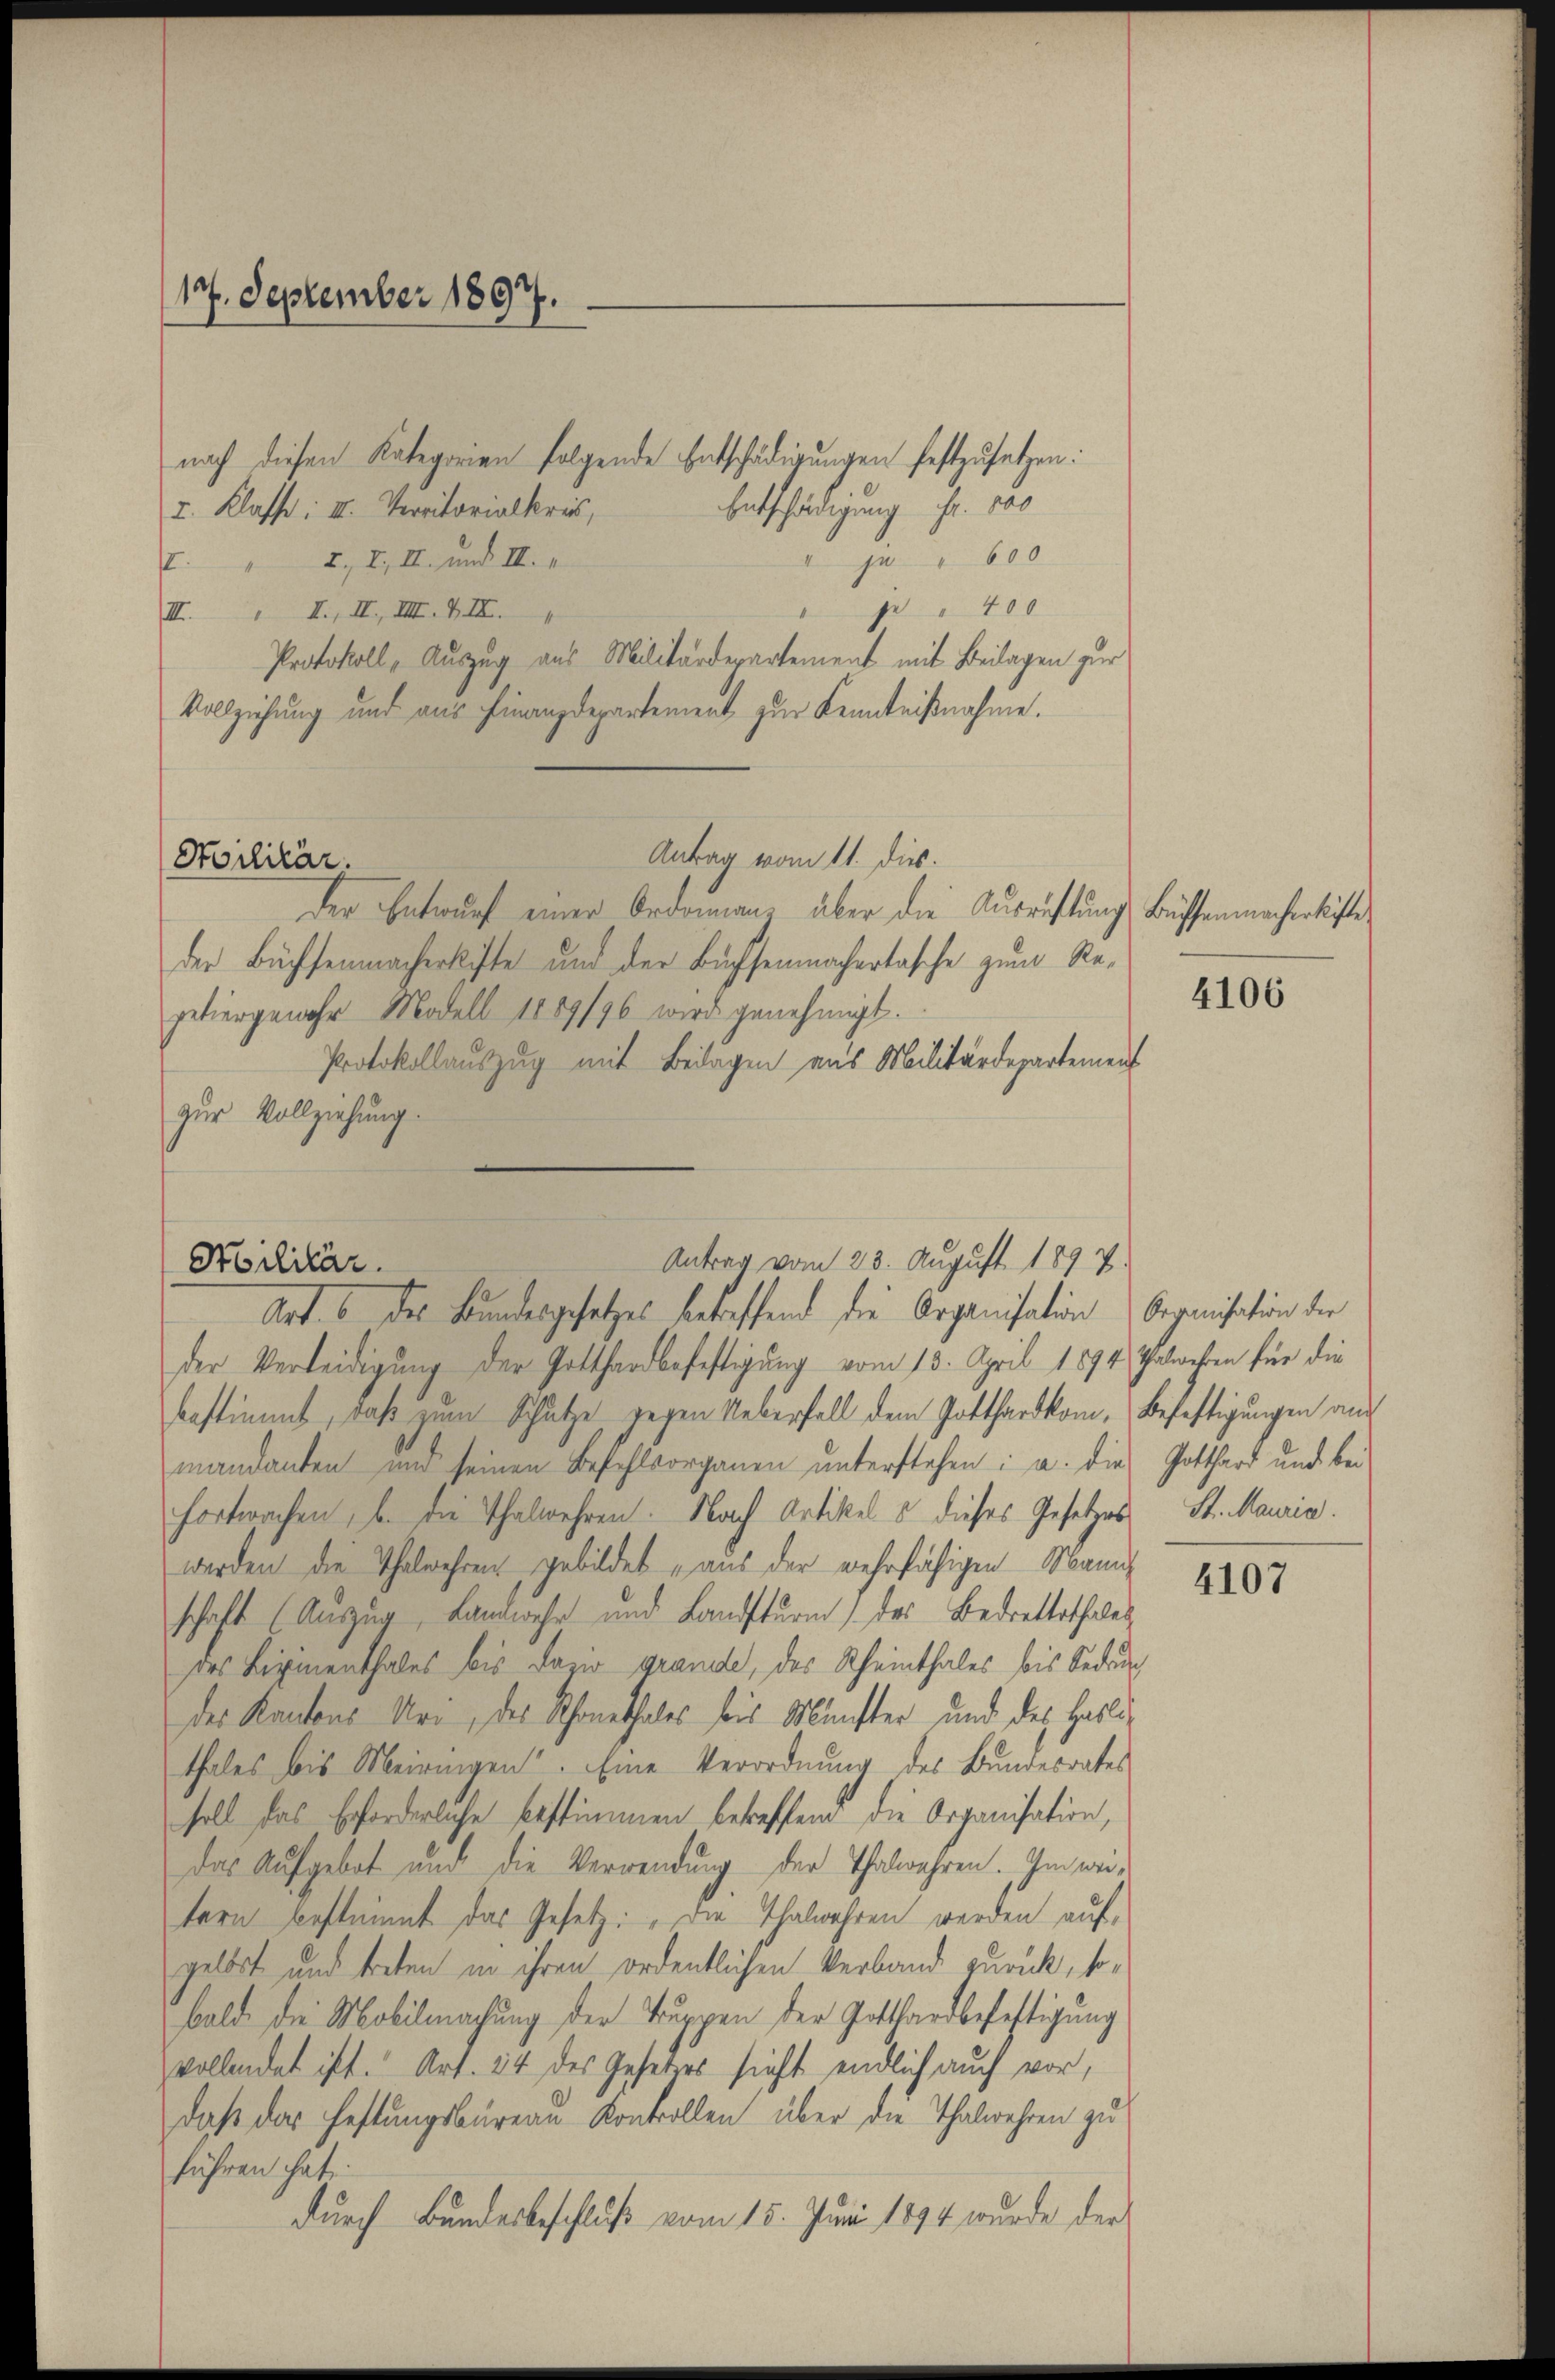
127. September 1897.

Entschädigung Fr. 800
I. Klasse: III. Verritorialkreis,
ju " 600
." 2., I, II. und III.
pe 400
III. „ I., II, III. VI.
Protokoll, Auszug aus Militärdepartement mit Beilagen zur
Vollziehung und aus Finanzdepartement zur Kenntnißnahme.
Antrag vom 11. dies.
Stoilitär.
der Entwurf einer Ordonnanz über die Ausrüstung Büffenmachenkiste
der Büchsenmacherkofte und der Büchsenmachertasche zum Repetiergewehr Modell 1889/96 wird genehmigt.
Protokollauszug mit Beilagen aus Militärdepartement
zur Vollziehung.

nach diesen Kategorien folgende Entschädigungen festzusetzen:

Antrag vom 23. August 1897.
Militär.
Art. 6 des Bundesgesetzes betreffend die Organisation Organisation der

der Verleidigung der Gotthardbefestigung vom 13. April 1894 Thalweben für die
bestimmt, daß zum Schutze gegen Ueberfall dem Gotthardkom- Befestigungen au
mandanten und seinen Befehlsorganen unterstehen; u. die Gotthard und bei
fortwachen, b. die Thalwehren. Nach Artikel u dieses Gesetzes St. Mauria.
werden die Thalmehren gebildet aus der wehrfähigen Mann
schaft (Auszug, Landwehr und Landsturm des Bedretterthales
des Birmenthales bis dazio grande, des Rheinthales bis Sedung
des Kantons Uri, des Schonethales bis Münster und des Hasli
thales bis Meiringen. Eine Verordnung des Bundesrates
soll das Erforderliche bestimmen betreffend die Organisation,
Das Aufgebot und die Verwendung der Thalwahren. Im weitern bestimmt das Gesetz: „Die Thalwahren werden aufgelbst und treten in ihren ordentlichen Verband zurück, sobald die Mobilmachung der Truppen der Gotthardbefestigung
vollendet ist. Art. 34 des Gesetzes sieht endlich auch vor,
daß das Festungsbüreau Kontrollen über die Thalwehren zu
führen hat.
durch Bundesbeschluß vom 15. Juni 1894 wurde der

4106

4107